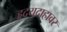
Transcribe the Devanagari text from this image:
हृदयदाहावर